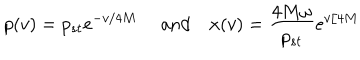
LaTeX: p ( v ) = p _ { s t } e ^ { - v / 4 M } \quad \mathrm { ~ a n d } \quad x ( v ) = { \frac { 4 M \omega } { p _ { s t } } } e ^ { v / 4 M }